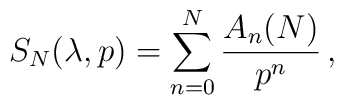
S_N(\lambda,p) = \sum_{n=0}^{N} {A_n (N) \over p^n} \, ,